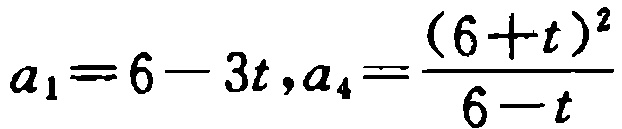
\(a_{1}=6 - 3t,a_{4}=\frac{(6 + t)^{2}}{6 - t}\)